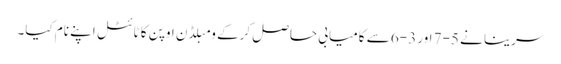
سرینا نے 5-7 اور 3-6 سے کامیابی حاصل کرکے ومبلڈن اوپن کا ٹائٹل اپنے نام کیا۔